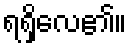
ရရှိလေ၏။